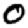
Digit: 0